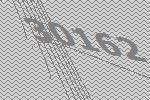
30162